画像に写った文字を読んでください
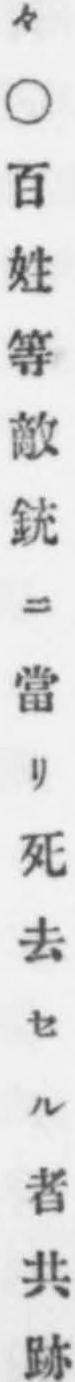
「々○百姓等敵銃ニ當リ死去セル者共跡」と書いてあります